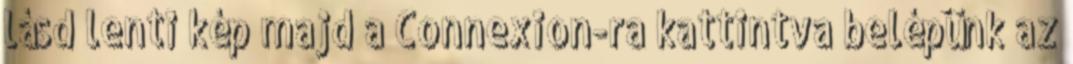
lásd lenti kép majd a Connexion-ra kattintva belépünk az